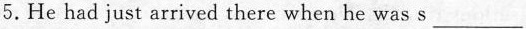
5.He had just arrived there when he was s___